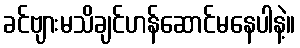
ခင်ဗျားမသိချင်ဟန်ဆောင်မနေပါနဲ့။